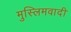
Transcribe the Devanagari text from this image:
मुस्लिमवादी